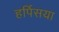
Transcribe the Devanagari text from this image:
हर्पिसया